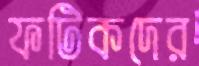
ফটিকদের